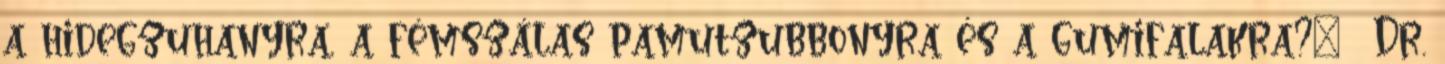
a hidegzuhanyra, a fémszálas pamutzubbonyra és a gumifalakra?” Dr.